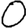
Digit: 0